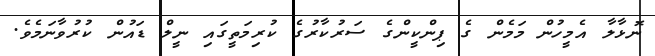
ނޮޅާލާ އެމީހުން މަމެން ގެ ޕިންކީންގެ ސަރުކާރުގެ ކުރިމަތީގައި ނީލް ޑައުން ކުރުވާނަމެވެ.